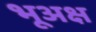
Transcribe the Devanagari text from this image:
भूअक्ष